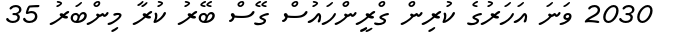
2030 ވަނަ އަހަރުގެ ކުރިން ގްރީންހައުސް ގޭސް ބޭރު ކުރާ މިންބަރު 35